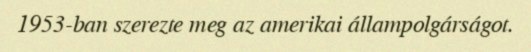
1953-ban szerezte meg az amerikai állampolgárságot.